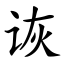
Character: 诙